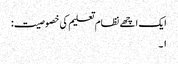
ایک اچھے نظام تعلیم کی خصوصیت:
۱۔